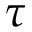
\tau